Annual report on the working of the mental hospitals in the Madras Presidency - 1912-1932
Year: 1912
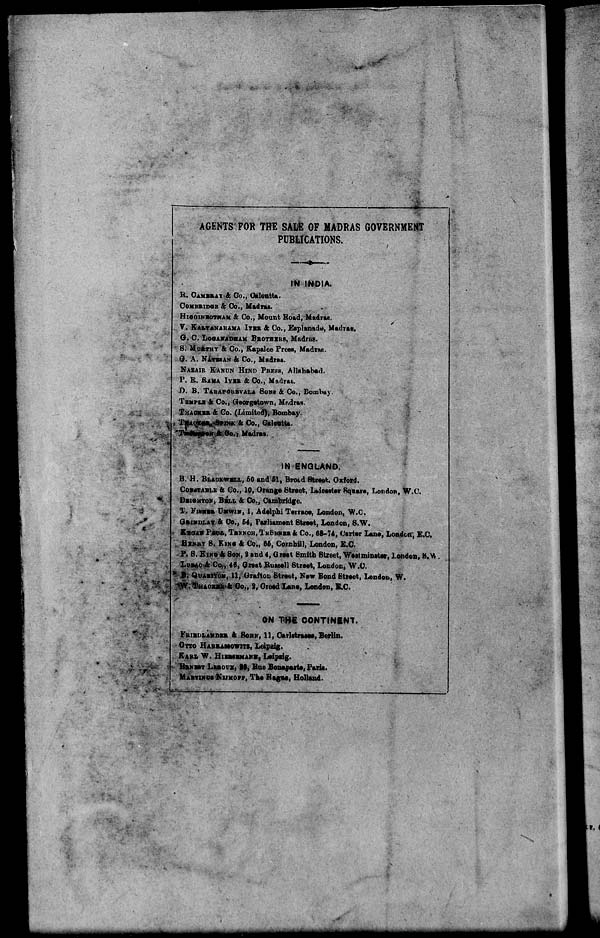
-*-
=9
AGENTS" FOR THE SABE OF MADRAS GOVERNMENT
PUBLICATIONS.
-*-
IN INDIA.
B. GAMBIAT & Co., Calcutta.
COMBBIDOE & Co., Madras.
HIOGINBOTHAM & Co., Mount Road, Madras,
7. KAITANABAMA ITBH & Co., Esplanade, Madras.
G. C. LOQANASHAM BBOTHIKS, Madras.
S. MUBTHT & Co., Kapalee Press, Madras.
G. A. NATEBAN & Co., Madras.
NAZAIB KANUN HIND PRESE, Allahabad.
P. K. BAMA IYBB & Co., Madras.
JR. B. TABAFOUBVALA SOWS & Co., Bombay.
TEMPLE & Co., Georgetown, Madras.
THAOKBB. & Co. (Limited), Bombay.
i TBA&K**, SUNK & Co., Caloatta.
'TIK»MBSON & 8o.i Madras.
IN ENGLAND.
B. H. BLAOKWBLL, 60 and 61, BroLd Street. Oxford.
COUNTABLE & Go., 10, Orange Street, Luoeater Square, London, W.C.
BBIOHTON, BBLI. & Co., Cambridge.
T. VIBBSB UMWIN, 1, Adelphi Terrace, London, W.C.
GBINDLAV & Co., £4, Parliament Street, London, S.W.
KEOAS PAW., TBENOH, TBOBBEB & Co., 68-74, Carter Lane, London', E.G.
, HIMIV S. KINO & Co,, 66, Combill, London, E.C.
P. B. KING & BON, 2 and 4, Great Smith Street, Westminster, London, S.V,
LOJAC & Co., 46, Great Bussell Street, London, W.C.
*'~ B. QvABifOB, 11, Grafton Street, New Bond Street, London, W.
"W. THAOBBH & Co., 2, Creed Lane, London, B.C.
ON THE CONTINENT.
FRIBDLANDEH & SOBN, 11, Carlstrasee, Berlin.
Oreo HABBASSOWITC, Leipzig.
KAUL W. HIBMEMANK, Leipiig.
EBNBST LBBOVX, 88, Bue Bonaparte, Paris.
MABTINDS NWHOW, The Hague, Holland.
t«, (
.MM